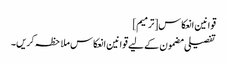
قوانین انعکاس[ترمیم]
تفصیلی مضمون کے لیے قوانین انعکاس ملاحظہ کریں۔